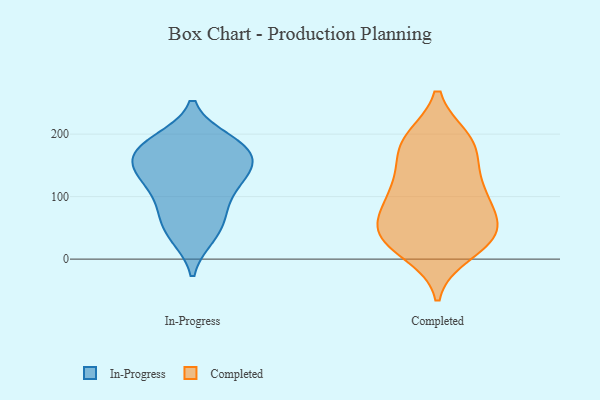
{"axis": {"x": "Market Share (%)", "y": "Value"}, "legend": ["Completed", "In-Progress"], "data": [{"x": "", "y": 179, "type": "In-Progress"}, {"x": "", "y": 163, "type": "In-Progress"}, {"x": "", "y": 133, "type": "In-Progress"}, {"x": "", "y": 190, "type": "In-Progress"}, {"x": "", "y": 149, "type": "In-Progress"}, {"x": "", "y": 186, "type": "In-Progress"}, {"x": "", "y": 133, "type": "In-Progress"}, {"x": "", "y": 59, "type": "In-Progress"}, {"x": "", "y": 78, "type": "In-Progress"}, {"x": "", "y": 186, "type": "In-Progress"}, {"x": "", "y": 36, "type": "In-Progress"}, {"x": "", "y": 108, "type": "In-Progress"}, {"x": "", "y": 36, "type": "In-Progress"}, {"x": "", "y": 125, "type": "In-Progress"}, {"x": "", "y": 149, "type": "In-Progress"}, {"x": "", "y": 168, "type": "In-Progress"}, {"x": "", "y": 81, "type": "In-Progress"}, {"x": "", "y": 176, "type": "Completed"}, {"x": "", "y": 37, "type": "Completed"}, {"x": "", "y": 11, "type": "Completed"}, {"x": "", "y": 37, "type": "Completed"}, {"x": "", "y": 189, "type": "Completed"}, {"x": "", "y": 44, "type": "Completed"}, {"x": "", "y": 185, "type": "Completed"}, {"x": "", "y": 138, "type": "Completed"}, {"x": "", "y": 119, "type": "Completed"}, {"x": "", "y": 94, "type": "Completed"}, {"x": "", "y": 26, "type": "Completed"}, {"x": "", "y": 100, "type": "Completed"}, {"x": "", "y": 191, "type": "Completed"}, {"x": "", "y": 56, "type": "Completed"}, {"x": "", "y": 46, "type": "Completed"}, {"x": "", "y": 94, "type": "Completed"}]}